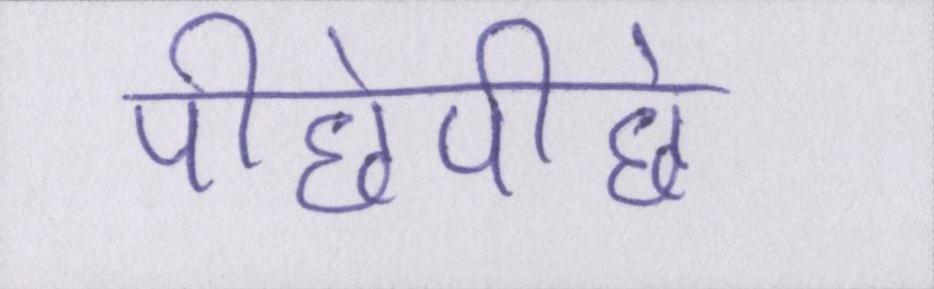
पीछेपीछे